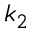
k _ { 2 }